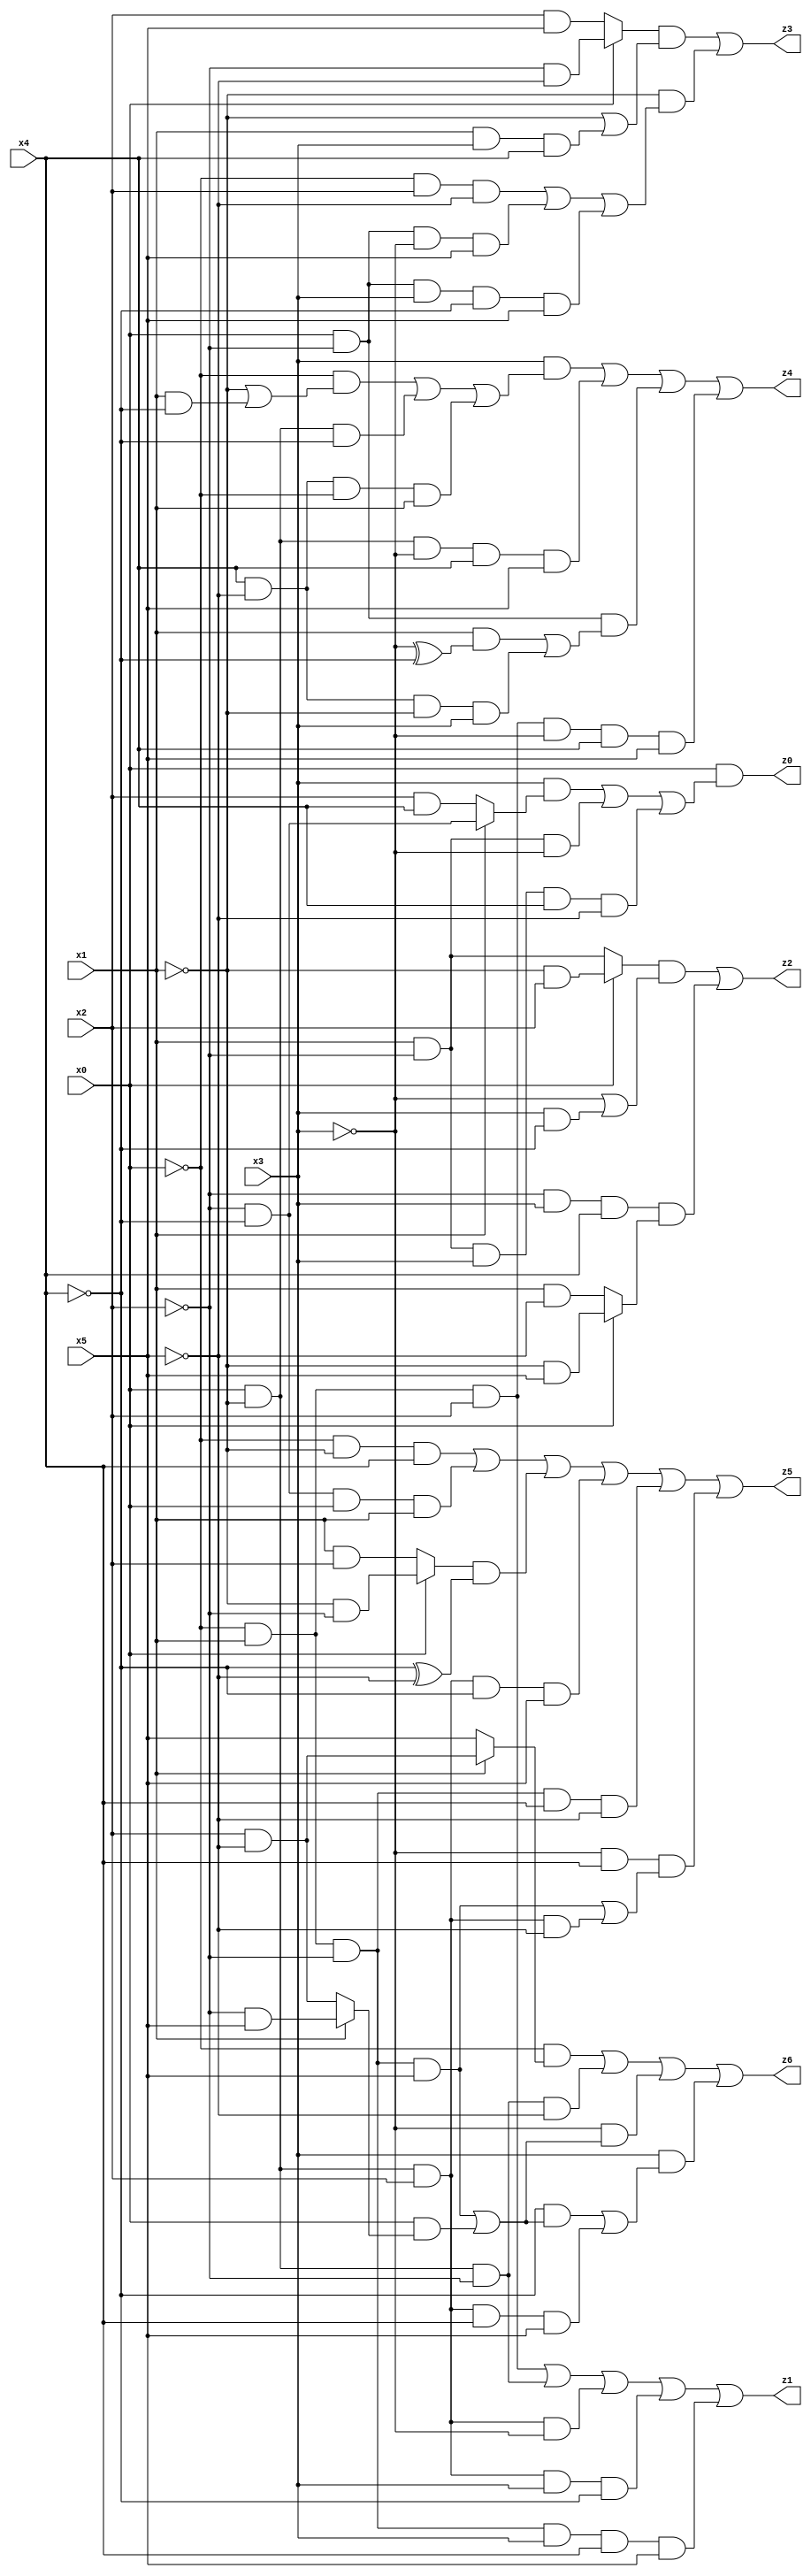
// Benchmark "quot_res" written by ABC on Sat Jul 08 02:33:00 2023

module quot_res ( 
    x0, x1, x2, x3, x4, x5,
    z0, z1, z2, z3, z4, z5, z6  );
  input  x0, x1, x2, x3, x4, x5;
  output z0, z1, z2, z3, z4, z5, z6;
  assign z0 = x0 & ((x3 & (x1 ? (~x2 & ~x4) : (x2 & x4))) | (x1 & ~x2 & ~x3) | (x1 & ~x2 & x3 & x4 & ~x5));
  assign z1 = (~x0 & x1 & x2) | (x0 & ~x1 & ~x2) | (x0 & ~x1 & x2 & ~x3) | (x0 & ~x1 & x2 & x3 & ~x4) | (~x0 & x1 & ~x2 & x3 & x4 & x5);
  assign z2 = ((x0 ? (~x1 & x2) : (x1 & ~x2)) & (~x3 | (x3 & ~x4))) | (~x2 & x3 & x4 & (x0 ? (~x1 & x5) : (x1 & ~x5)));
  assign z3 = ((x0 ? (~x2 & ~x5) : (x2 & x5)) & (~x1 | (x1 & x3 & x4))) | (~x1 & ((~x0 & x2 & ~x5) | (x0 & ~x2 & ~x3 & x5) | (x0 & ~x2 & x3 & ~x4 & x5)));
  assign z4 = (x3 & ((~x0 & (~x1 | (x1 & ~x4))) | (x0 & ~x1 & ~x4) | (x4 & ~x5 & ~x0 & x1))) | (x0 & ~x1 & ~x3 & x4 & x5) | (x0 & ~x2 & ((x1 & (~x3 ^ ~x4)) | (x4 & ~x5 & ~x1 & x3))) | (~x0 & x1 & x2 & ~x3 & x4 & x5);
  assign z5 = (~x0 & ~x1 & x4) | (~x2 & ~x4 & x0 & x1) | ((x0 ? (~x1 & ~x2) : (x1 & x2)) & (~x4 ^ ~x5)) | (x0 & ~x1 & x2 & ~x4 & x5) | (~x0 & x1 & ~x2 & x4 & ~x5) | (~x3 & x4 & ((~x0 & x1 & ~x2 & x5) | (x0 & ~x1 & x2 & ~x5)));
  assign z6 = (~x0 & (x1 ? (x2 & ~x5) : x5)) | (x0 & ~x1 & ~x2 & ~x5) | (~x3 & ((~x0 & x1 & ~x2 & x5) | (x0 & (x1 ? (~x2 & x5) : (x2 & ~x5))))) | (x3 & ((~x4 & ((~x0 & x1 & ~x2 & x5) | (x0 & (x1 ? (~x2 & x5) : (x2 & ~x5))))) | (x0 & ~x1 & x2 & x4 & x5)));
endmodule